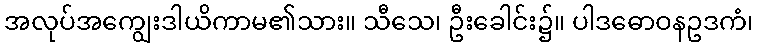
အလုပ်အကျွေးဒါယိကာမ၏သား။ သီသေ၊ ဦးခေါင်း၌။ ပါဒဓောဝနဥဒကံ၊